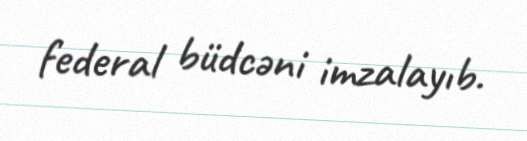
federal büdcəni imzalayıb.